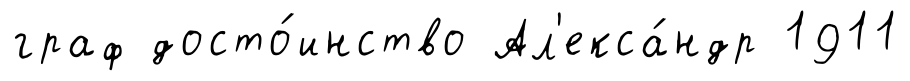
граф досто́инство Ал'екса́ндр 1911